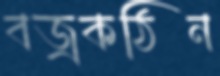
বজ্রকঠিন